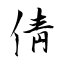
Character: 倩